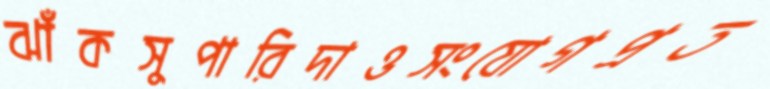
ঝাঁকসুপারিদাওসংযোগপ্রত